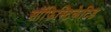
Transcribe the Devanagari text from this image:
सॉफिस्टिकेटिड